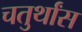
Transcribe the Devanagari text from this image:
चतुर्थांस